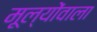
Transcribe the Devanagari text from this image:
मूल्योंवाला